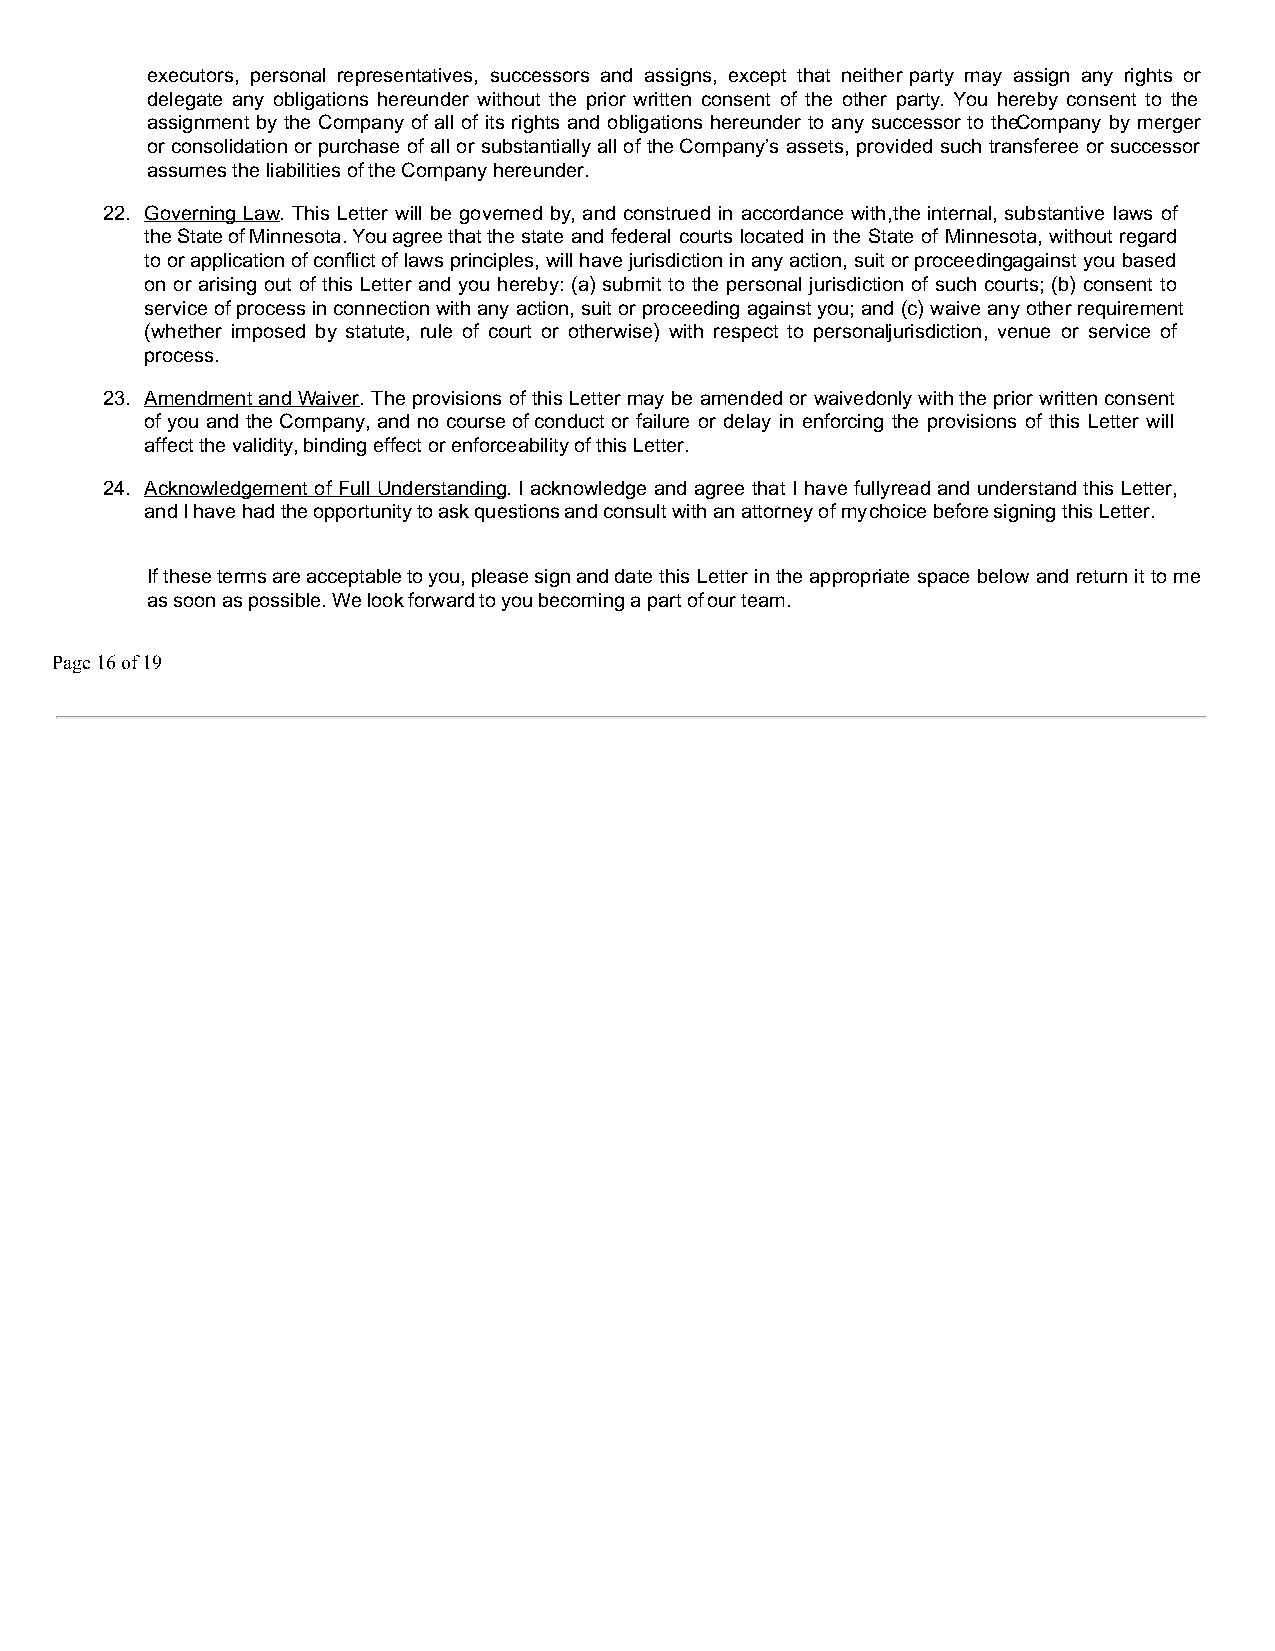
executors, personal representatives, successors and assigns, except that neither party may assign any rights or
 delegate any obligations hereunder without the prior written consent of the other party. You hereby consent to the
 assignment by the Company of all of its rights and obligations hereunder to any successor to the Company by merger
 or consolidation or purchase of all or substantially all of the Company’s assets, provided such transferee or successor
 assumes the liabilities of the Company hereunder.
 22. Governing Law. This Letter will be governed by, and construed in accordance with, the internal, substantive laws of
 the State of Minnesota. You agree that the state and federal courts located in the State of Minnesota, without regard
 to or application of conflict of laws principles, will have jurisdiction in any action, suit or proceeding against you based
 on or arising out of this Letter and you hereby: (a) submit to the personal jurisdiction of such courts; (b) consent to
 service of process in connection with any action, suit or proceeding against you; and (c) waive any other requirement
 (whether imposed by statute, rule of court or otherwise) with respect to persona ljurisdiction, venue or service of
 process.
 23. Amendment and Waiver. The provisions of this Letter may be amended or waived only with the prior written consent
 of you and the Company, and no course of conduct or failure or delay in enforcing the provisions of this Letter will
 affect the validity, binding effect or enforceability of this Letter.
 24. Acknowledgement of Full Understanding. I acknowledge and agree that I have fully read and understand this Letter,
 and I have had the opportunity to ask questions and consult with an attorney of my choice before signing this Letter.
 If these terms are acceptable to you, please sign and date this Letter in the appropriate space below and return it to me
 as soon as possible. We look forward to you becoming a part of our team.
 Page 16 of 19